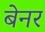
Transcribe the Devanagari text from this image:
बेनर